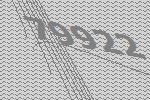
79922